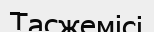
Тасжемісі